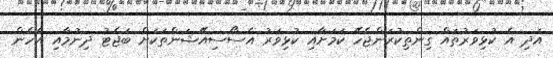
އަދި އެ ކުޅިވަރުތައް ގިންތިކުރަންޖެހޭ ކަމަށާއި ކުޅިވަރު އެސޯސިއޭޝަންތަކަށް ބަޖެޓު ދިނުމާއި އެހެން